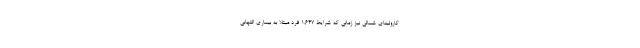
کارولینای شمالی نیز زمانی که شرایط 1,647 فرد مبتلا به بیماری التهابی